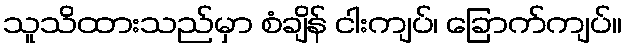
သူသိထားသည်မှာ စံချိန် ငါးကျပ်၊ ခြောက်ကျပ်။